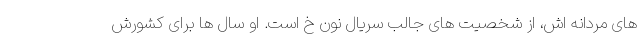
های مردانه اش، از شخصیت های جالب سریال نون خ است. او سال ها برای کشورش